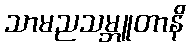
သာမညသမ္ဘူတာနိ